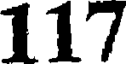
117